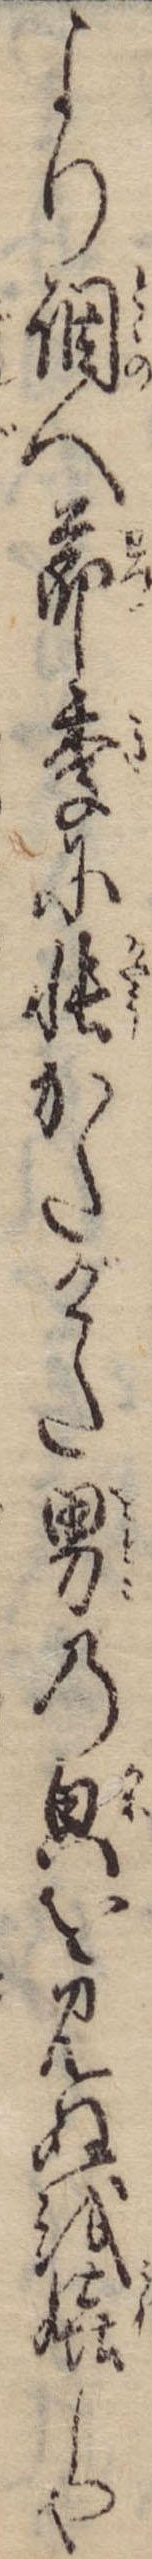
より調へ節季に帳かたげた男の貌を見ぬを嬉しや